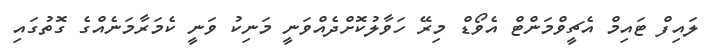
ލައިފް ޓައިމް އެޗީވްމަންޓް އެވޯޑް މިރޭ ހަވާލުކޮށްދެއްވަނީ މަނިކު ވަނީ ކެމަރާމަނެއްގެ ގޮތުގައި